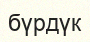
бүрдүк